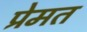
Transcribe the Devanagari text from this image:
प्रेमत